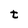
Character: t